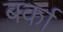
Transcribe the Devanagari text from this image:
बर्का